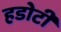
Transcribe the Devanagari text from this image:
हडोटी